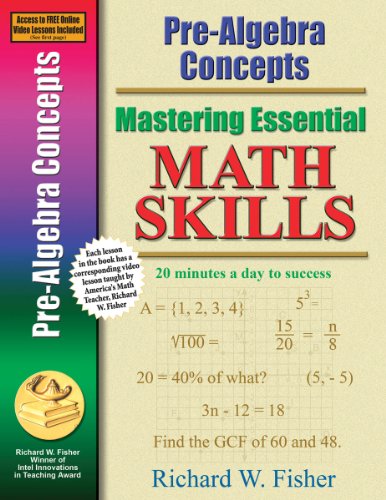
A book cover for Pre-Algebra Concepts (Mastering Essential Math Skills); Richard W. Fisher; Science & Math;